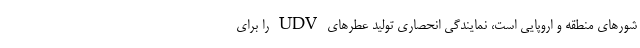
شورهای منطقه و اروپایی است، نمایندگی انحصاری تولید عطرهای UDV را برای